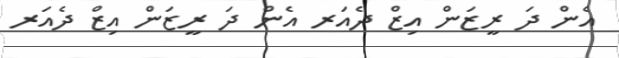
އެން ދަ ރީޒަން އިޒް ދެއަރ އެން ދަ ރީޒަން އިޒް ދެއަރ